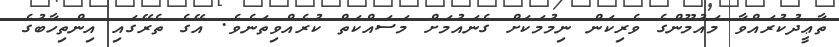
ތާޢީދުކުރައްވާ މައުމޫންގެ ވެރިކަން ނިމުމަކަށް ގެނައުމަށް މަސައްކަތް ކުރެއްވިތަނެވެ. އޭގެ ތެރޭގައި އިންތިހާބުގެ